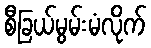
စီခြယ်မွမ်းမံလိုက်